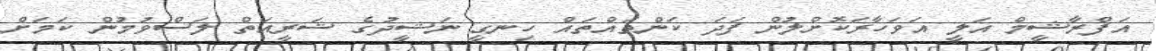
އަފްރާޝީމް އަލީ އަވަހާރަކޮށްލުން ފަދަ ކަންތައްތައް ހިނގީ ނަޝީދުގެ ޝަރީއަތް ލަސްވުމުން ކަމަށް